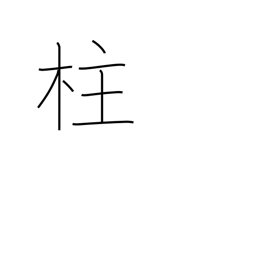
Meaning: post